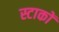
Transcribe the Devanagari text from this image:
स्टाकों